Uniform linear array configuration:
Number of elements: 24
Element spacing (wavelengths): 0.25
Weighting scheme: exponential
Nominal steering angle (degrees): -60
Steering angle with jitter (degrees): -59.907
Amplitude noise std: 0.05
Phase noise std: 0.05

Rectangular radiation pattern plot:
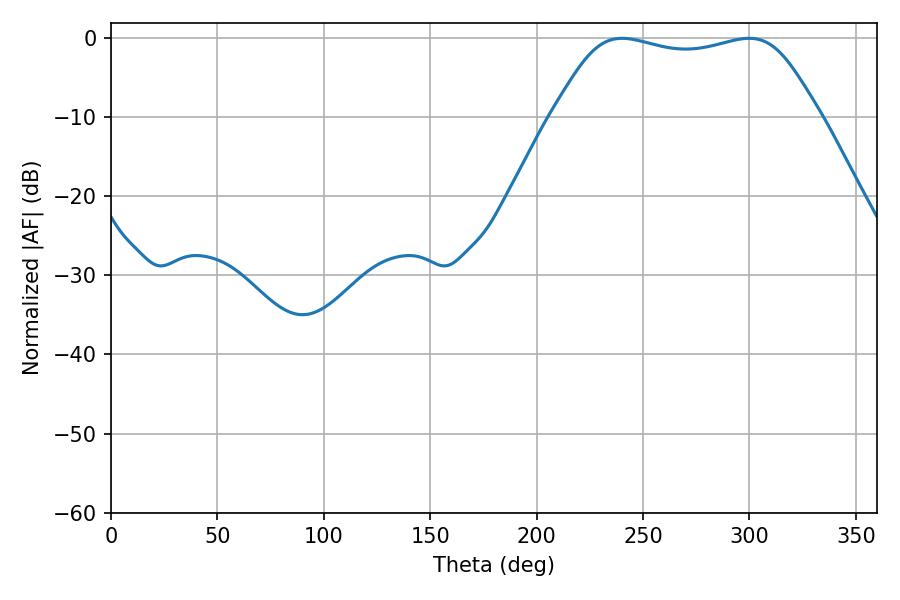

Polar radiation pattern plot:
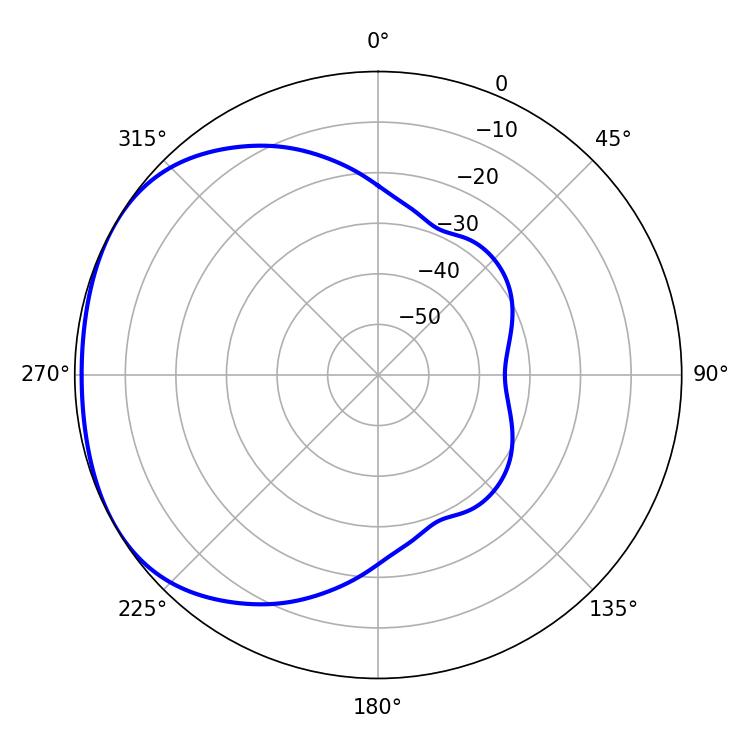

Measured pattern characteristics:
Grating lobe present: FALSE
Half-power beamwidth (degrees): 96.48
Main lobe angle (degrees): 240.12